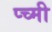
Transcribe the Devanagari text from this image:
प्च्मी